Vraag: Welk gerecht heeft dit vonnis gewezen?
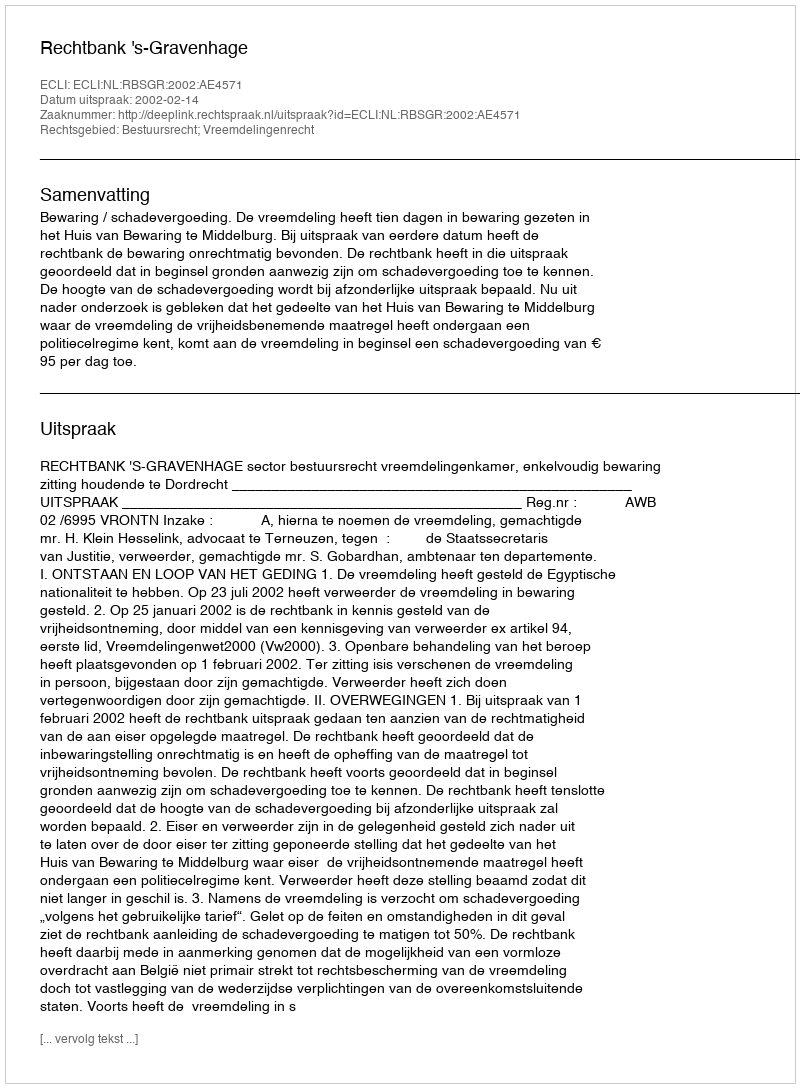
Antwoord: Rechtbank 's-Gravenhage